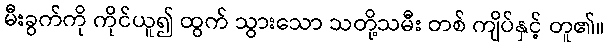
မီးခွက်ကို ကိုင်ယူ၍ ထွက် သွားသော သတို့သမီး တစ် ကျိပ်နှင့် တူ၏။